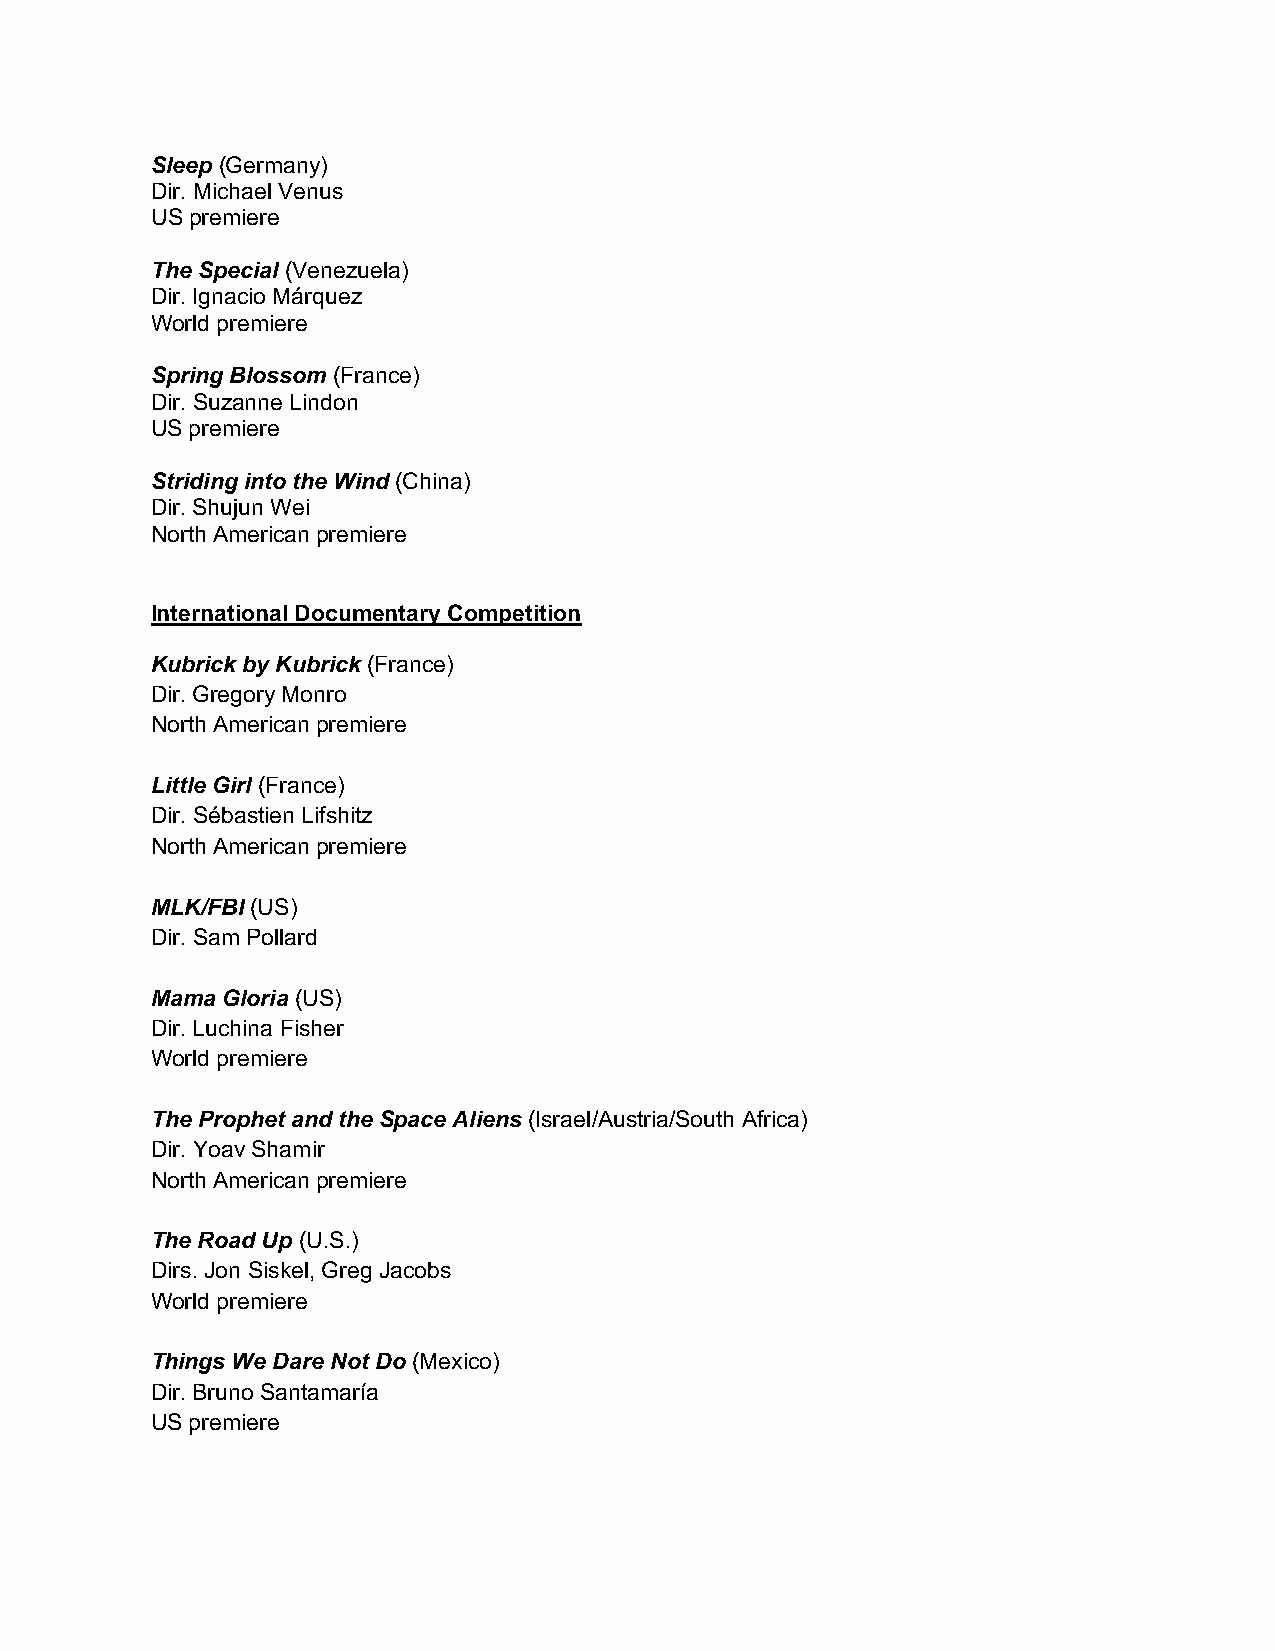
Sleep (Germany)
 Dir. Michael Venus
 US premiere
 The Special (Venezuela)
 Dir. Ignacio Márquez
 World premiere
 Spring Blossom (France)
 Dir. Suzanne Lindon
 US premiere
 Striding into the Wind (China)
 Dir. Shujun Wei
 North American premiere
 International Documentary Competition
 Kubrick by Kubrick (France)
 Dir. Gregory Monro
 North American premiere
 Little Girl (France)
 Dir. Sébastien Lifshitz
 North American premiere
 MLK/FBI (US)
 Dir. Sam Pollard
 Mama Gloria (US)
 Dir. Luchina Fisher
 World premiere
 The Prophet and the Space Aliens (Israel/Austria/South Africa)
 Dir. Yoav Shamir
 North American premiere
 The Road Up (U.S.)
 Dirs. Jon Siskel, Greg Jacobs
 World premiere
 Things We Dare Not Do (Mexico)
 Dir. Bruno Santamaría
 US premiere